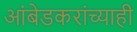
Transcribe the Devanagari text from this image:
आंबेडकरांच्याही